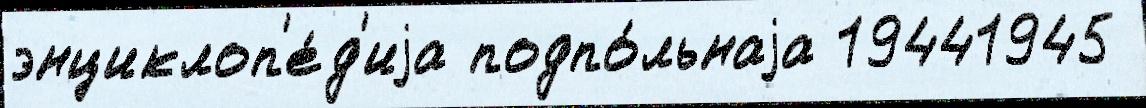
энциклоп'е́д'иjа подпо́льнаjа 19441945